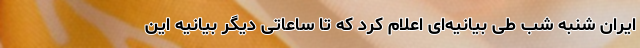
ایران شنبه شب طی بیانیه‌ای اعلام کرد که تا ساعاتی دیگر بیانیه این